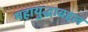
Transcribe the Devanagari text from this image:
महायुद्धाबद्दल